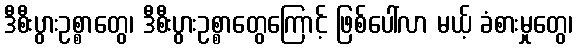
ဒီစီးပွားဥစ္စာတွေ၊ ဒီစီးပွားဥစ္စာတွေကြောင့် ဖြစ်ပေါ်လာ မယ့် ခံစားမှုတွေ၊